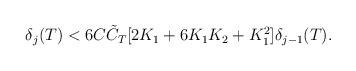
LaTeX: \begin{align*}\begin{aligned}\delta_{j}(T) < 6 C \tilde{C}_{T} [2K_{1}+6K_{1}K_{2}+K_{1}^2] \delta_{j-1}(T).\end{aligned}\end{align*}